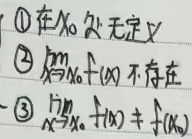
1. \textcircled{1}在 \(x_{0}\) 处无定义；\textcircled{2}\(\lim_{x \to x_{0}} f(x)\) 不存在；\textcircled{3}\(\lim_{x \to x_{0}} f(x) \neq f(x_{0})\)